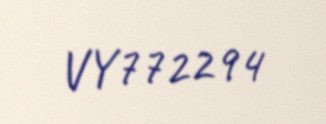
VY772294